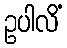
ဥပါလိံ